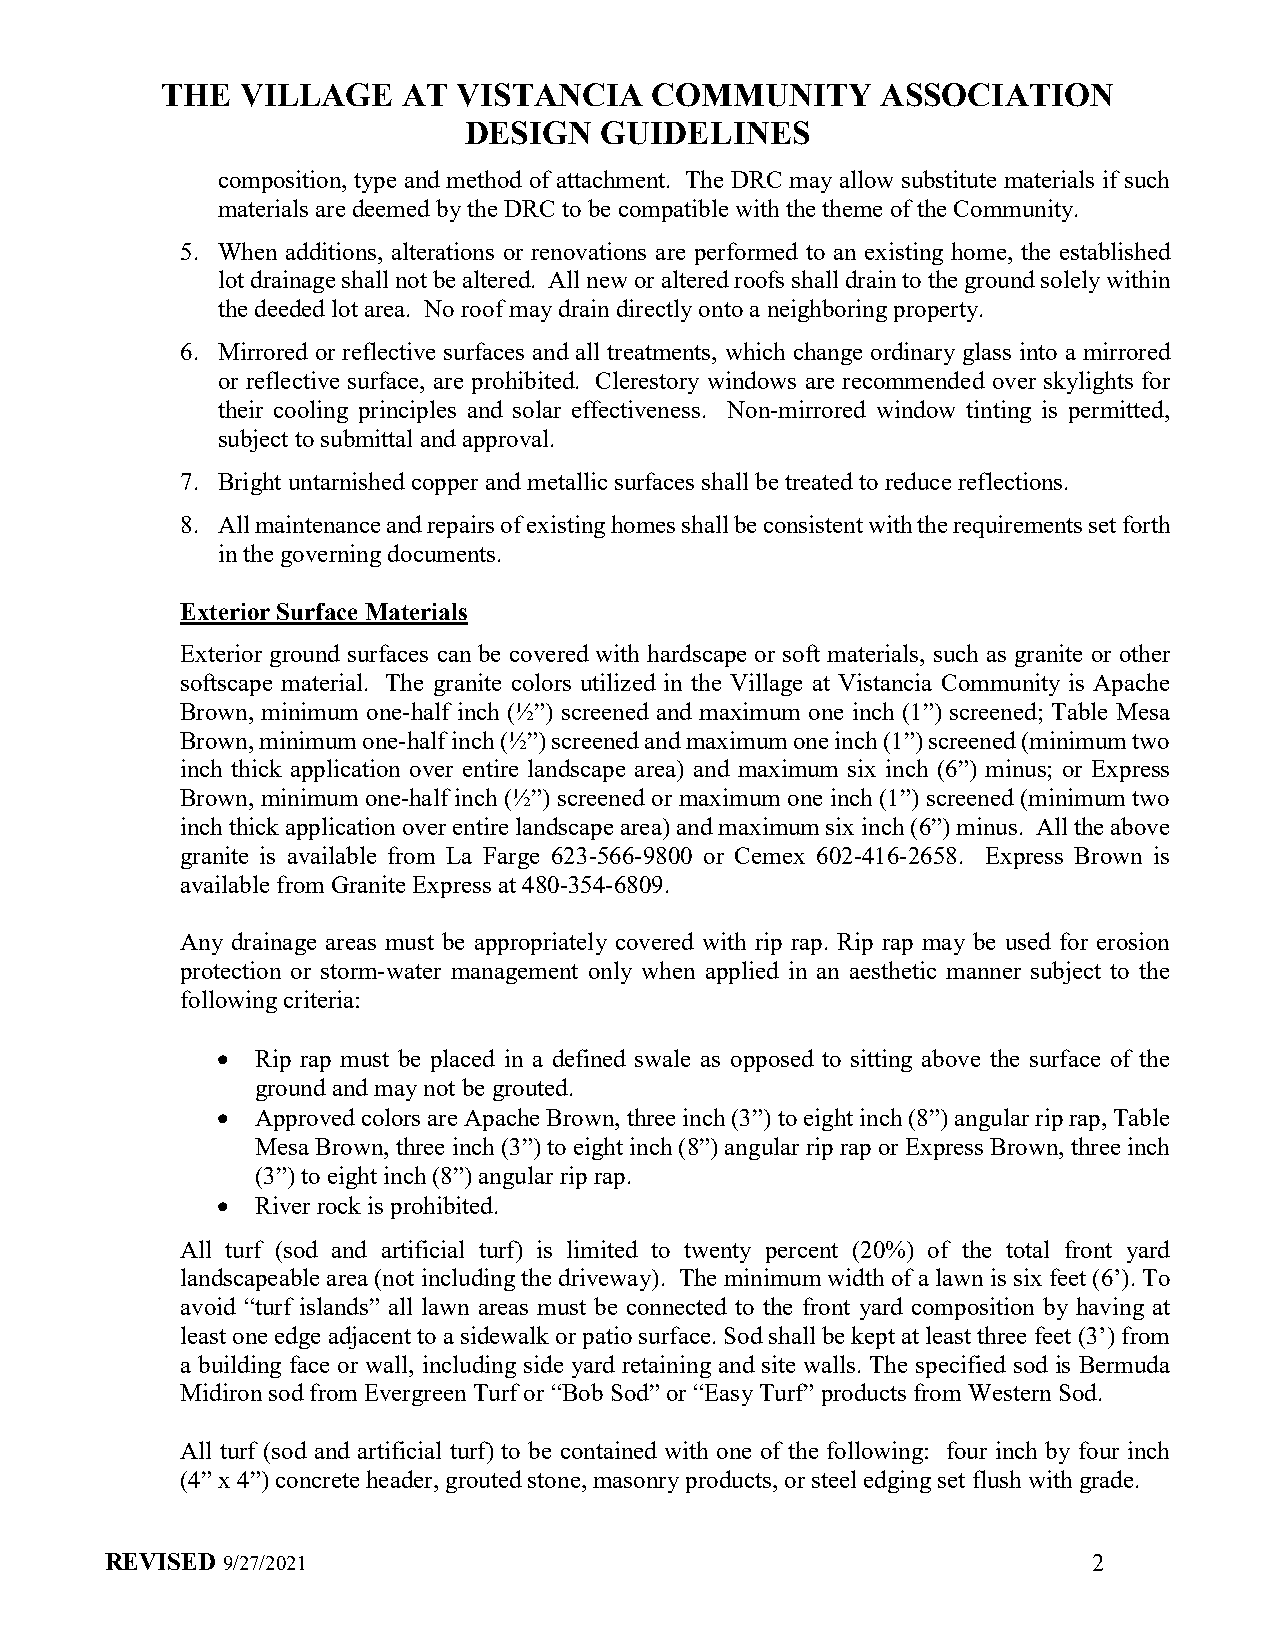
THE  VILLAGE    AT VISTANCIA    COMMUNITY      ASSOCIATION
 DESIGN   GUIDELINES
 composition, type and method of attachment. The DRC may allow substitute materials if such
 materials are deemed by the DRC to be compatible with the theme of the Community.
 5. When additions, alterations or renovations are performed to an existing home, the established
 lot drainage shall not be altered. All new or altered roofs shall drain to the ground solely within
 the deeded lot area. No roof may drain directly onto a neighboring property.
 6. Mirrored or reflective surfaces and all treatments, which change ordinary glass into a mirrored
 or reflective surface, are prohibited. Clerestory windows are recommended over skylights for
 their cooling principles and solar effectiveness. Non-mirrored window tinting is permitted,
 subject to submittal and approval.
 7. Bright untarnished copper and metallic surfaces shall be treated to reduce reflections.
 8. All maintenance and repairs of existing homes shall be consistent with the requirements set forth
 in the governing documents.
 Exterior Surface Materials
 Exterior ground surfaces can be covered with hardscape or soft materials, such as granite or other
 softscape material. The granite colors utilized in the Village at Vistancia Community is Apache
 Brown, minimum one-half inch (½”) screened and maximum one inch (1”) screened; Table Mesa
 Brown, minimum one-half inch (½”) screened and maximum one inch (1”) screened (minimum two
 inch thick application over entire landscape area) and maximum six inch (6”) minus; or Express
 Brown, minimum one-half inch (½”) screened or maximum one inch (1”) screened (minimum two
 inch thick application over entire landscape area) and maximum six inch (6”) minus. All the above
 granite is available from La Farge 623-566-9800 or Cemex 602-416-2658. Express Brown is
 available from Granite Express at 480-354-6809.
 Any drainage areas must be appropriately covered with rip rap. Rip rap may be used for erosion
 protection or storm-water management only when applied in an aesthetic manner subject to the
 following criteria:
 •  Rip rap must be placed in a defined swale as opposed to sitting above the surface of the
 ground and may not be grouted.
 •  Approved colors are Apache Brown, three inch (3”) to eight inch (8”) angular rip rap, Table
 Mesa Brown, three inch (3”) to eight inch (8”) angular rip rap or Express Brown, three inch
 (3”) to eight inch (8”) angular rip rap.
 •  River rock is prohibited.
 All turf (sod and artificial turf) is limited to twenty percent (20%) of the total front yard
 landscapeable area (not including the driveway). The minimum width of a lawn is six feet (6’). To
 avoid “turf islands” all lawn areas must be connected to the front yard composition by having at
 least one edge adjacent to a sidewalk or patio surface. Sod shall be kept at least three feet (3’) from
 a building face or wall, including side yard retaining and site walls. The specified sod is Bermuda
 Midiron sod from Evergreen Turf or “Bob Sod” or “Easy Turf” products from Western Sod.
 All turf (sod and artificial turf) to be contained with one of the following: four inch by four inch
 (4” x 4”) concrete header, grouted stone, masonry products, or steel edging set flush with grade.
 REVISED 9/27/2021                                                2